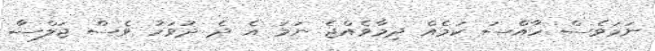
ނަމަވެސް ހާއްސަ ކަމެއް ދިމާވެއްޖެ ނަމަ އެ ދެ ދުވަހު ވެސް ޖަލްސާ